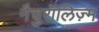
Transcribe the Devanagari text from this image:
नैचुरॉलिज़्म